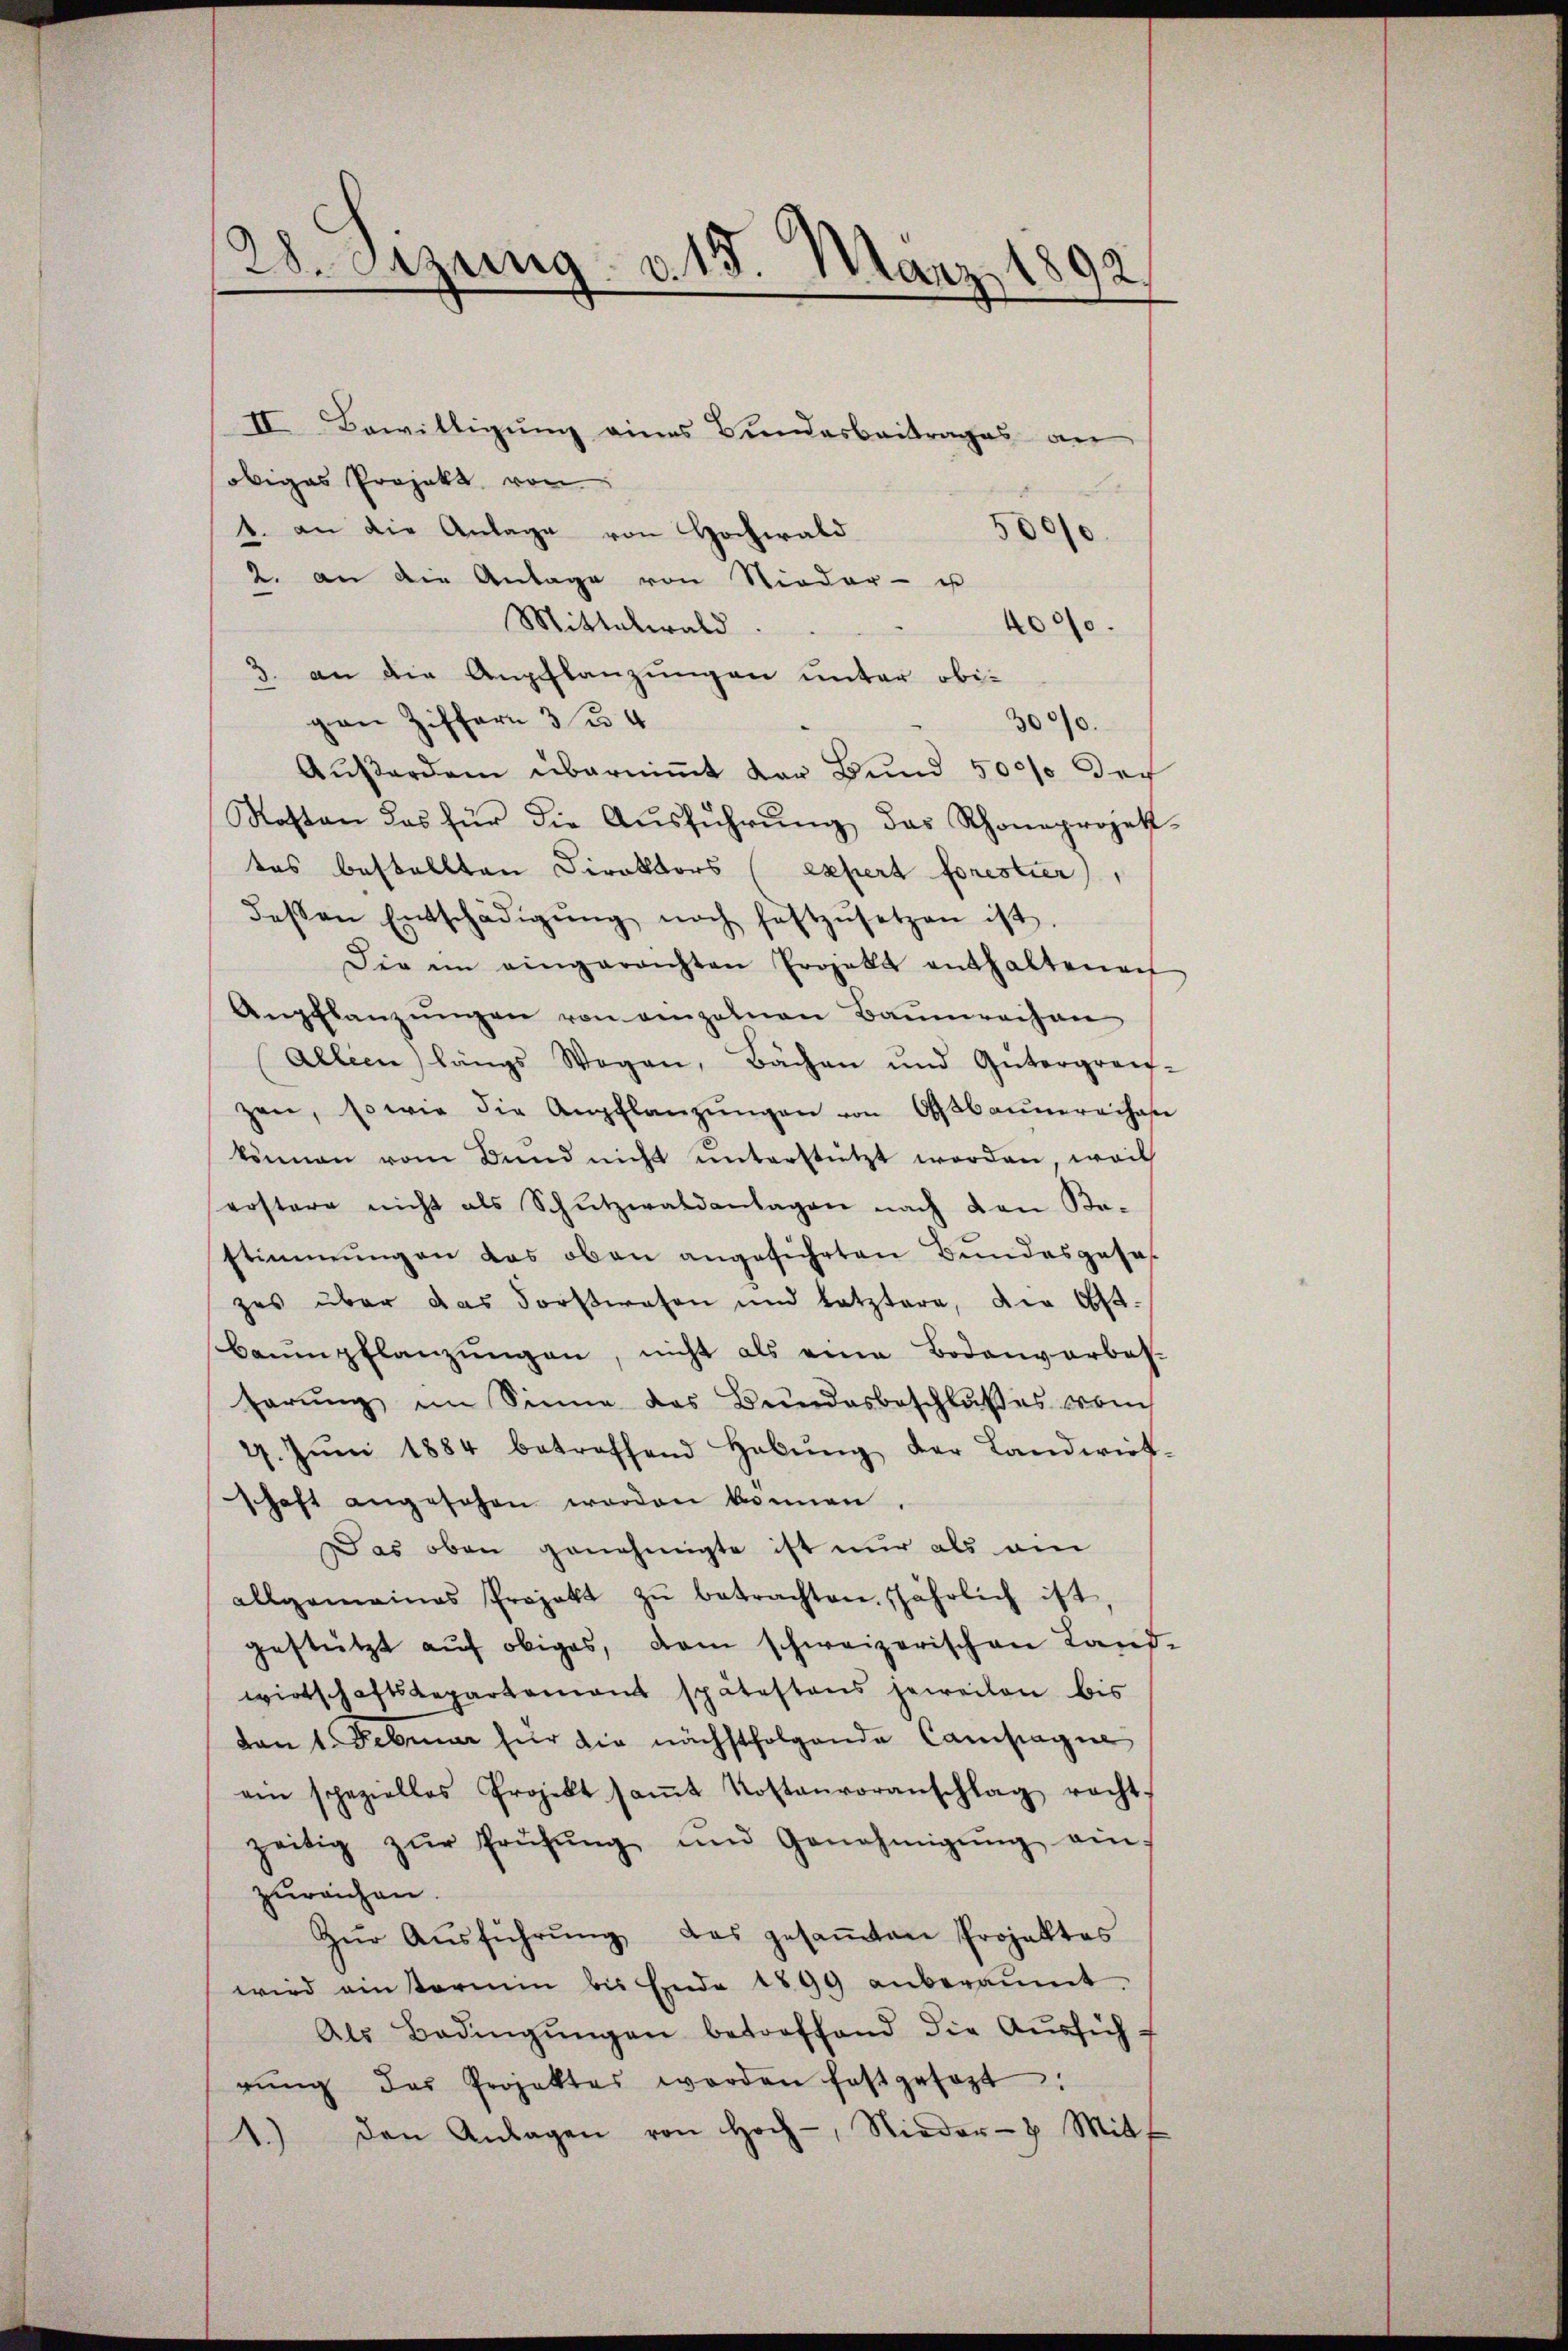
9
28. Setzung v. 15. März 1892.

II Bewilligung eines Bundesbeitrages an
obiges Projekt von
1. an die Anlage von Hochwald
500/0.
2. an die Anlage von Nieder- u
Mittelwald.
4000.
3. an die Anpflanzungen unter obivan Ziffern 3/4
3000.
Außerden überniṁt der Bund 500 der
Kosten das für die Aŭsführŭng das Rhoneprojett-
tes bestellten Direktors expert forestier),
dessen Entschädigŭng noch festzŭsetzen ist.
Die im eingerechten Projekt enthaltenen
Anpflanzŭngen von einzelnen Baŭmrechen
Allien längs Wegen, Bächen und Gütergreif-
zen, sowie die Anpflanzŭngen von Oβbaŭmereihas
können vom Bund nicht unterstützt worden, weil
erstere nicht als Schŭtzwaldanlagen nach von Ba-
stimmungen das oben angeführten Bundesgeseh
zes über das Forstwesen und letztere, die St.
Baumpflanzungen, nicht als eine Bodenverbes-
ferung im Sinne das Bundesbeschlußes vom
7. Jŭni 1884 betreffend Habŭng der Landwirt-
schaft angesehen worden können
z es oben genehmigte ist nur als ein
allgemeines Projekt zŭ betrachten. jährlich ist,
gestützt aŭf obiges, dem schweizerischen Land-
wirtschaftsrepartement spätestens jeweilen bis
von 1. Februar für die nächstfolgende Campagne
ein speziellos Projekt saṁt Kostenvoranschlag recht-
zeitig zŭr Prüfŭng und Genehmigŭng ein
zureichen.
Zŭr Aŭsführŭng das gesaṁten Projektes
wird ein tarii bis Ende 1899 anberaumt.
Als Bedingŭngen betreffend die Aŭsführŭng des Projektes worden festgesagt:
1.) Den Anlagen von Hoch-, Nieder Mitt